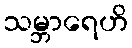
သမ္ဘာရေဟိ